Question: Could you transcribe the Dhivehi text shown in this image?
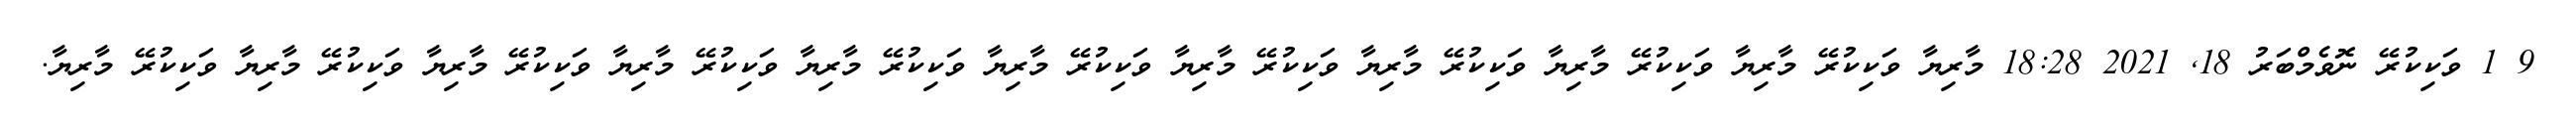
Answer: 9 1 ވަކިކުރޭ ނޮވެމްބަރު 18, 2021 18:28 މާރިޔާ ވަކިކުރޭ މާރިޔާ ވަކިކުރޭ މާރިޔާ ވަކިކުރޭ މާރިޔާ ވަކިކުރޭ މާރިޔާ ވަކިކުރޭ މާރިޔާ ވަކިކުރޭ މާރިޔާ ވަކިކުރޭ މާރިޔާ ވަކިކުރޭ މާރިޔާ ވަކިކުރޭ މާރިޔާ ވަކިކުރޭ މާރިޔާ.